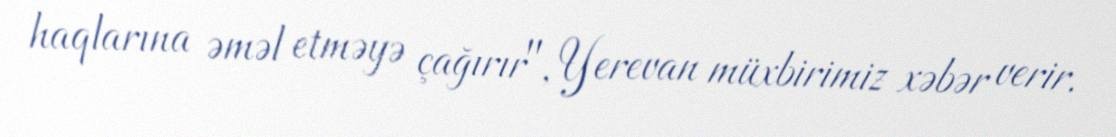
haqlarına əməl etməyə çağırır", Yerevan müxbirimiz xəbər verir.